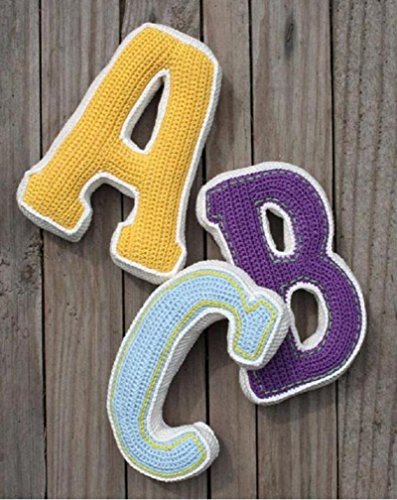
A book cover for Crochet A to Z alphabets with Symbolic Patterns; Eve David; Crafts, Hobbies & Home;